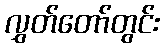
လွှတ်တော်တွင်း